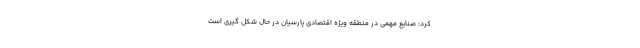
کرد: صنایع مهمی در منطقه ویژه اقتصادی پارسیان در حال شکل گیری است